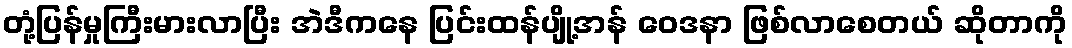
တုံ့ပြန်မှုကြီးမားလာပြီး အဲဒီကနေ ပြင်းထန်ပျို့အန် ဝေဒနာ ဖြစ်လာစေတယ် ဆိုတာကို